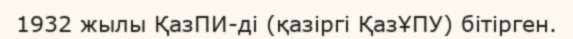
1932 жылы ҚазПИ-ді (қазіргі ҚазҰПУ) бітірген.